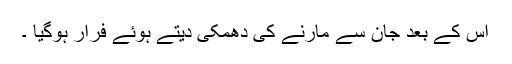
اس کے بعد جان سے مارنے کی دھمکی دیتے ہوئے فرار ہوگیا ۔